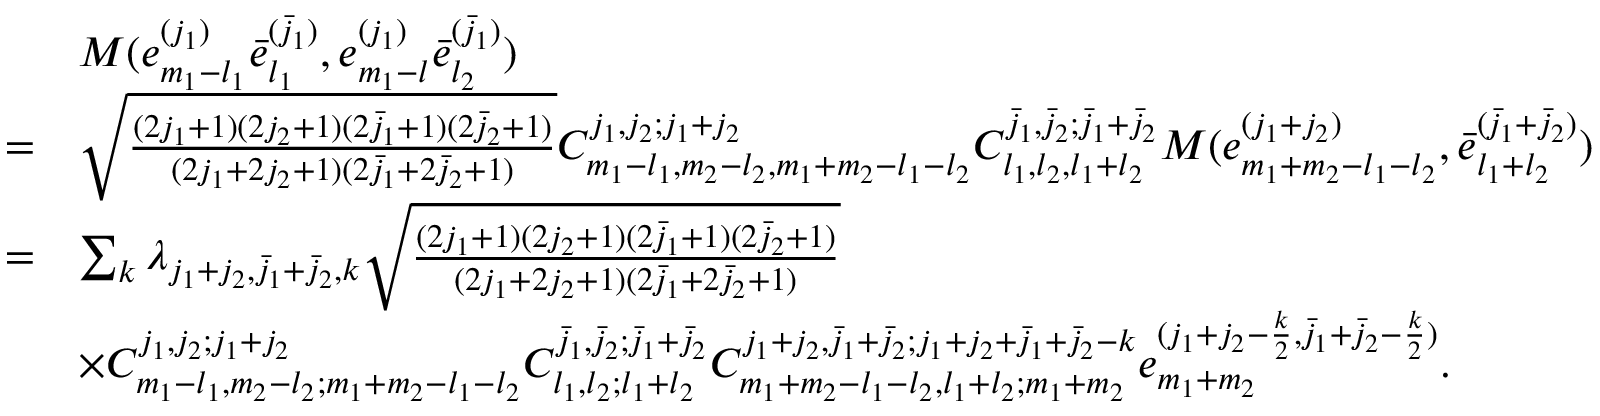
\begin{array} { r l } & { M ( e _ { m _ { 1 } - l _ { 1 } } ^ { ( j _ { 1 } ) } \bar { e } _ { l _ { 1 } } ^ { ( \bar { j } _ { 1 } ) } , e _ { m _ { 1 } - l } ^ { ( j _ { 1 } ) } \bar { e } _ { l _ { 2 } } ^ { ( \bar { j } _ { 1 } ) } ) } \\ { = } & { \sqrt { \frac { ( 2 j _ { 1 } + 1 ) ( 2 j _ { 2 } + 1 ) ( 2 \bar { j } _ { 1 } + 1 ) ( 2 \bar { j } _ { 2 } + 1 ) } { ( 2 j _ { 1 } + 2 j _ { 2 } + 1 ) ( 2 \bar { j } _ { 1 } + 2 \bar { j } _ { 2 } + 1 ) } } C _ { m _ { 1 } - l _ { 1 } , m _ { 2 } - l _ { 2 } , m _ { 1 } + m _ { 2 } - l _ { 1 } - l _ { 2 } } ^ { j _ { 1 } , j _ { 2 } ; j _ { 1 } + j _ { 2 } } C _ { l _ { 1 } , l _ { 2 } , l _ { 1 } + l _ { 2 } } ^ { \bar { j } _ { 1 } , \bar { j } _ { 2 } ; \bar { j } _ { 1 } + \bar { j } _ { 2 } } M ( e _ { m _ { 1 } + m _ { 2 } - l _ { 1 } - l _ { 2 } } ^ { ( j _ { 1 } + j _ { 2 } ) } , \bar { e } _ { l _ { 1 } + l _ { 2 } } ^ { ( \bar { j } _ { 1 } + \bar { j } _ { 2 } ) } ) } \\ { = } & { \sum _ { k } \lambda _ { j _ { 1 } + j _ { 2 } , \bar { j } _ { 1 } + \bar { j } _ { 2 } , k } \sqrt { \frac { ( 2 j _ { 1 } + 1 ) ( 2 j _ { 2 } + 1 ) ( 2 \bar { j } _ { 1 } + 1 ) ( 2 \bar { j } _ { 2 } + 1 ) } { ( 2 j _ { 1 } + 2 j _ { 2 } + 1 ) ( 2 \bar { j } _ { 1 } + 2 \bar { j } _ { 2 } + 1 ) } } } \\ & { \times C _ { m _ { 1 } - l _ { 1 } , m _ { 2 } - l _ { 2 } ; m _ { 1 } + m _ { 2 } - l _ { 1 } - l _ { 2 } } ^ { j _ { 1 } , j _ { 2 } ; j _ { 1 } + j _ { 2 } } C _ { l _ { 1 } , l _ { 2 } ; l _ { 1 } + l _ { 2 } } ^ { \bar { j } _ { 1 } , \bar { j } _ { 2 } ; \bar { j } _ { 1 } + \bar { j } _ { 2 } } C _ { m _ { 1 } + m _ { 2 } - l _ { 1 } - l _ { 2 } , l _ { 1 } + l _ { 2 } ; m _ { 1 } + m _ { 2 } } ^ { j _ { 1 } + j _ { 2 } , \bar { j } _ { 1 } + \bar { j } _ { 2 } ; j _ { 1 } + j _ { 2 } + \bar { j } _ { 1 } + \bar { j } _ { 2 } - k } e _ { m _ { 1 } + m _ { 2 } } ^ { ( j _ { 1 } + j _ { 2 } - \frac { k } { 2 } , \bar { j } _ { 1 } + \bar { j } _ { 2 } - \frac { k } { 2 } ) } . } \end{array}